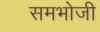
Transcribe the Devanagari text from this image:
समभोजी